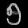
Digit: ၅